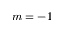
m = - 1